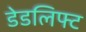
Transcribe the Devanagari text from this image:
डेडलिफ्ट